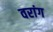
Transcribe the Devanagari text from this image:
वरांग